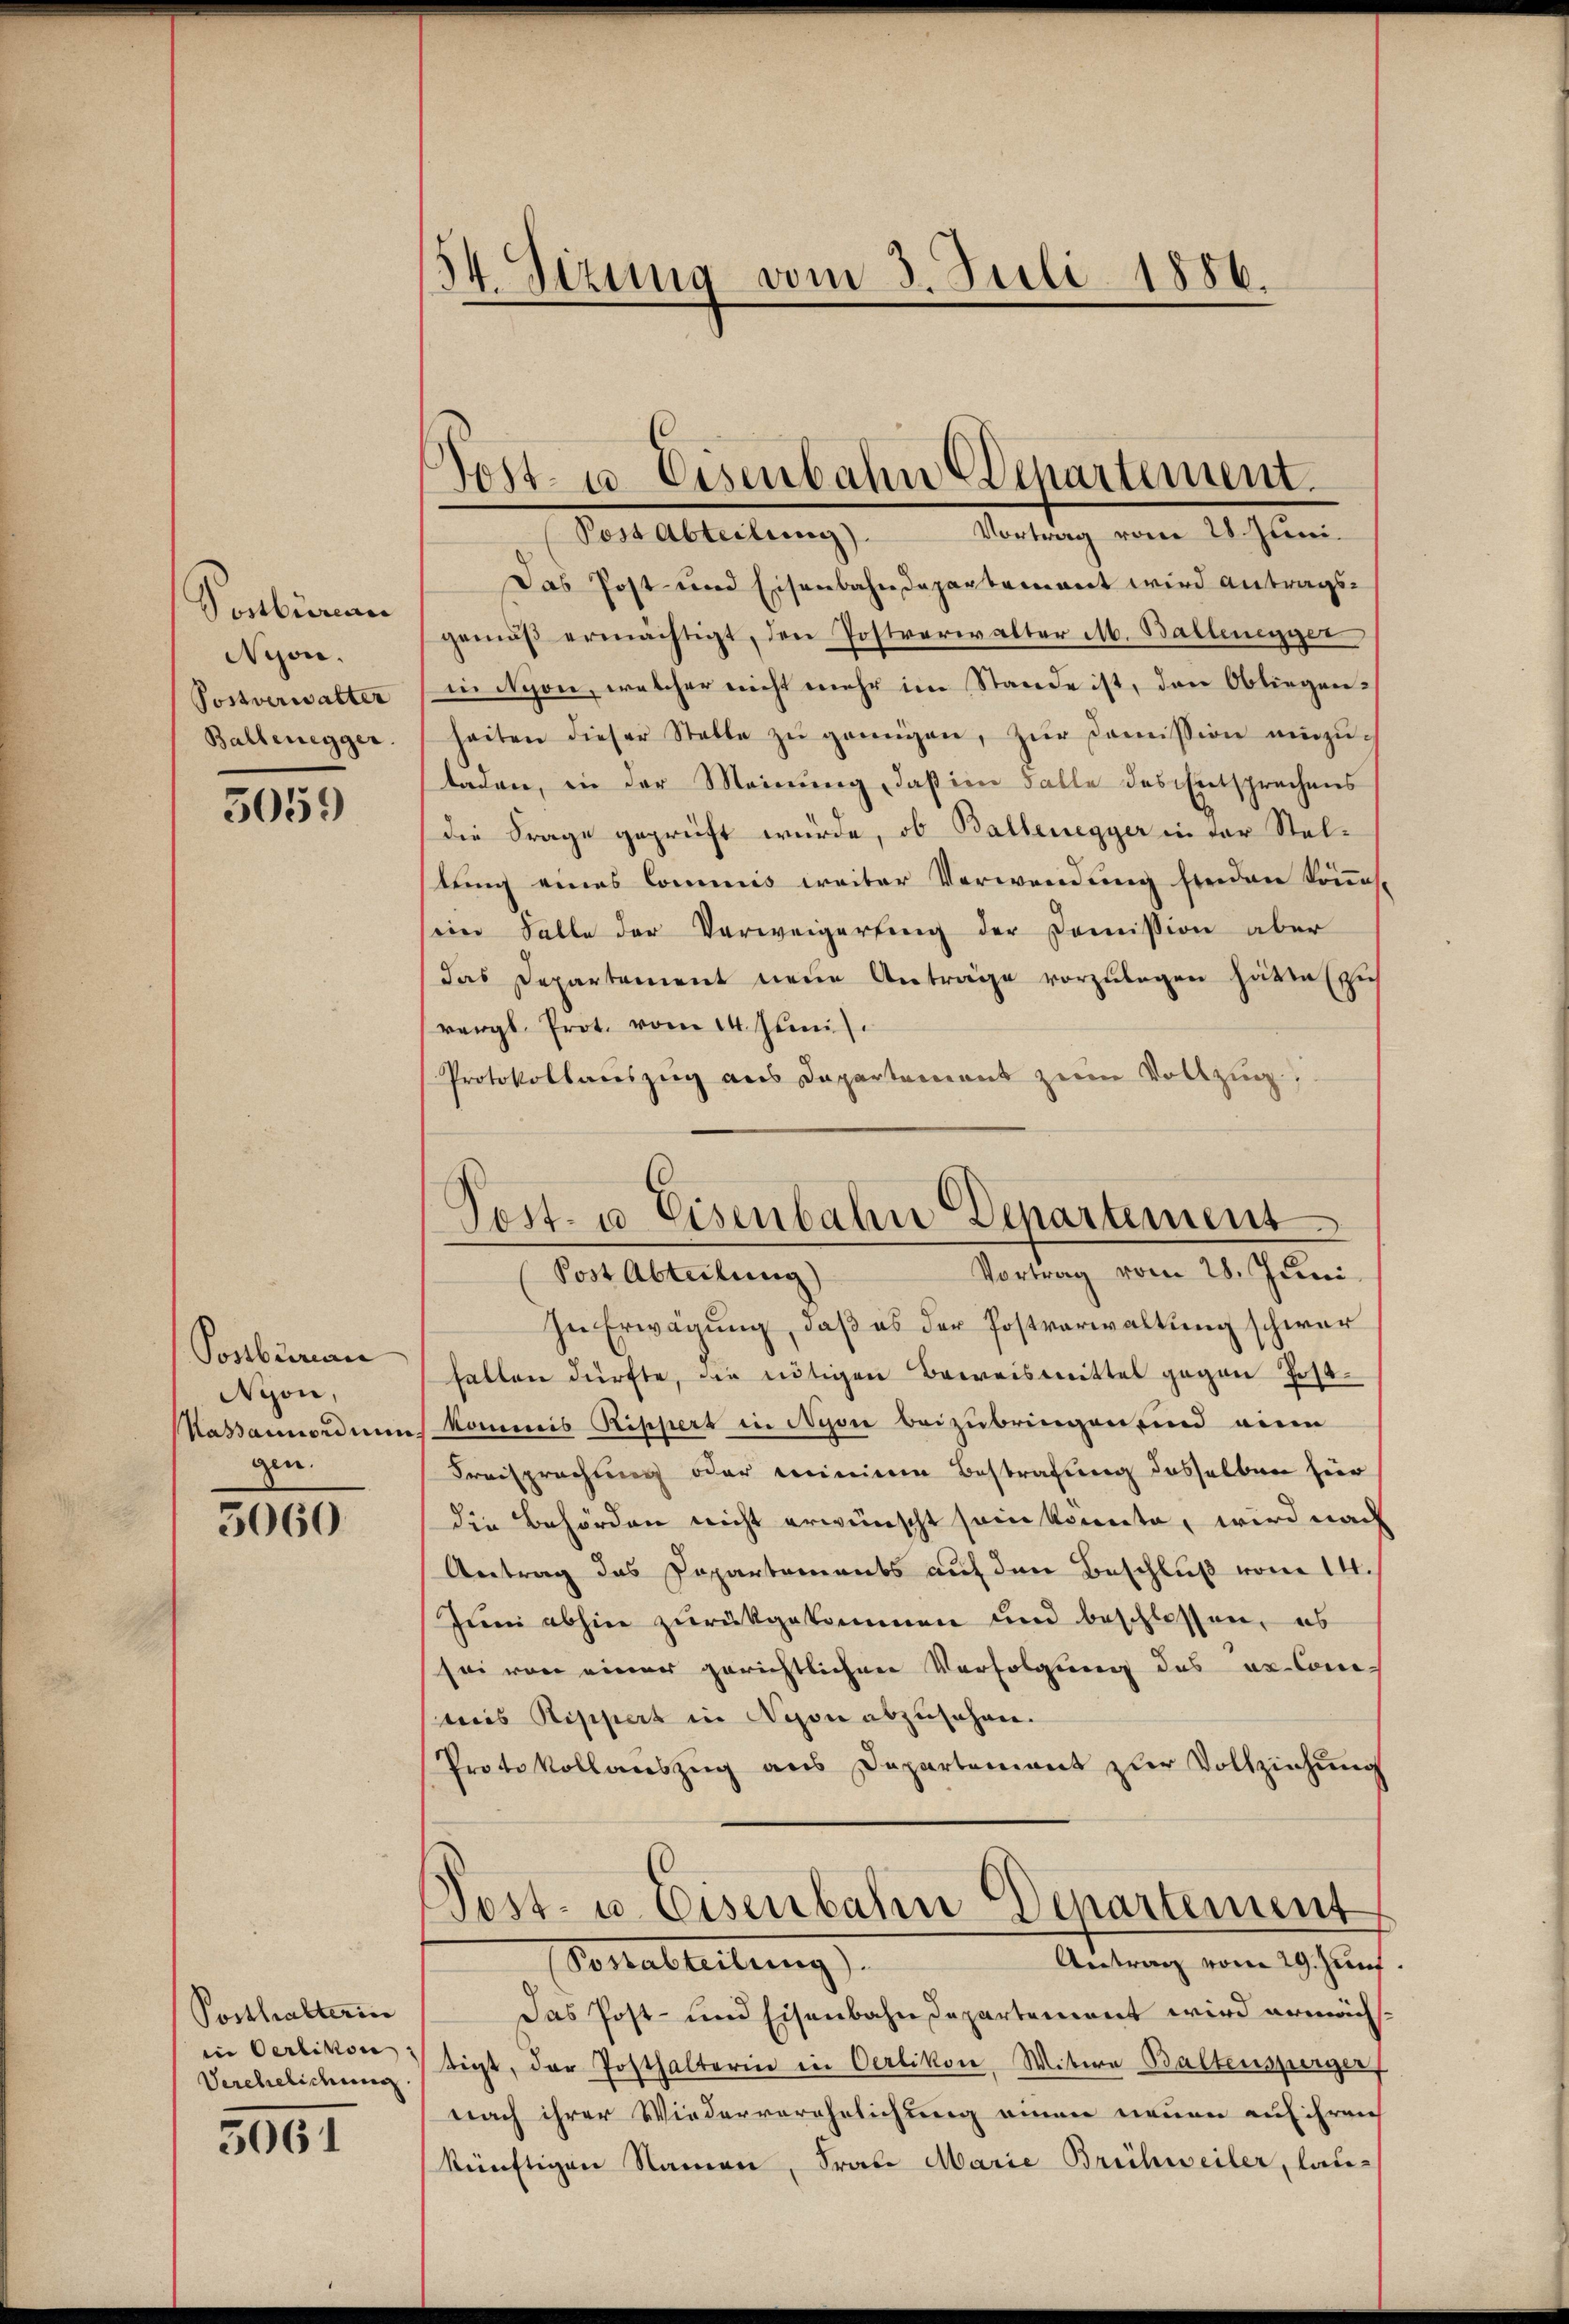
Ponbieren
Nyon.
Postverwalter
Baltenegger

5059

Postbüreau
Nyon,
Kassaunordnun
gen.
3060

Posthalterin
in Oerlikon
Verehelichung

3061

54. Sizung vom 3. Juli 1886.

Post- u. Eisenbahn Departement.

Post Abteilung). Vortrag vom 28. Juni.
Das Post- und Eisenbahndepartement wird antragsgemäß ermächtigt, den Postverwalter M. Ballenegger
in Nyon, welcher nicht mehr im Stande ist, den Obliegenheiten dieser Stelle zŭ gerŭngen, zŭr Coṁission einzuladen, in der Meinung, daß im Falle des Entsprechens
die Frage geprüft würde, ob Baltenegger in der Steltung eines Commis weiter Verwendung finden könne.
ein Falle der Verweigertung der Commission aber
das Departement neue Anträge vorzulegen hätte si
vergl. Prot. vom 14. Juni
Protokollauszug aus Departement zum Vollzug

Post. u. Eisenbahn Departement
Vortrag vom 28. Juni
(Post Abteilung)

In Erwägung, daß es der Postverwaltung schwer
falten dürfte, die intigen Beweismittel gegen Jostkommis Rippert in Nyon beizubringen sind eine
Freisprechung oder meine Bestrafung desselben hier
die Behörden nicht erwünscht sein konnte, wird nach
Antrag das Papartements auf den Beschluß vom 14.
Juni abhin zurückgekommen und beschlossen, es
sei von einer gerichtlichen Verfolgung des er Commis Rischiet in Depon abzusehen.
Protokollauszug aus Departement zur Vollziehung
Post- u. Eisenbahn Departement
Antrag vom 29. Zunf
Verabreitung).
Das Post- und Eisenbahndepartement wird ermächtigt, der Posthalterin in Oerlikon, Witwe Baltensperger
nach ihrer Wiederverehelichung einen neuen auf ihren
künftigen Namen, Frau Marie Brühweiler, lau-